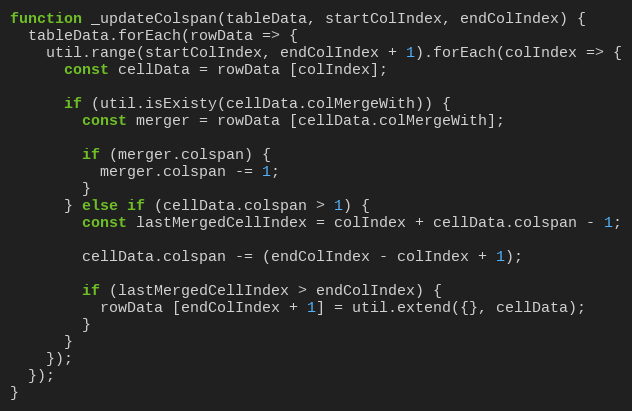
Language: JavaScript
function _updateColspan(tableData, startColIndex, endColIndex) {
  tableData.forEach(rowData => {
    util.range(startColIndex, endColIndex + 1).forEach(colIndex => {
      const cellData = rowData [colIndex];

      if (util.isExisty(cellData.colMergeWith)) {
        const merger = rowData [cellData.colMergeWith];

        if (merger.colspan) {
          merger.colspan -= 1;
        }
      } else if (cellData.colspan > 1) {
        const lastMergedCellIndex = colIndex + cellData.colspan - 1;

        cellData.colspan -= (endColIndex - colIndex + 1);

        if (lastMergedCellIndex > endColIndex) {
          rowData [endColIndex + 1] = util.extend({}, cellData);
        }
      }
    });
  });
}